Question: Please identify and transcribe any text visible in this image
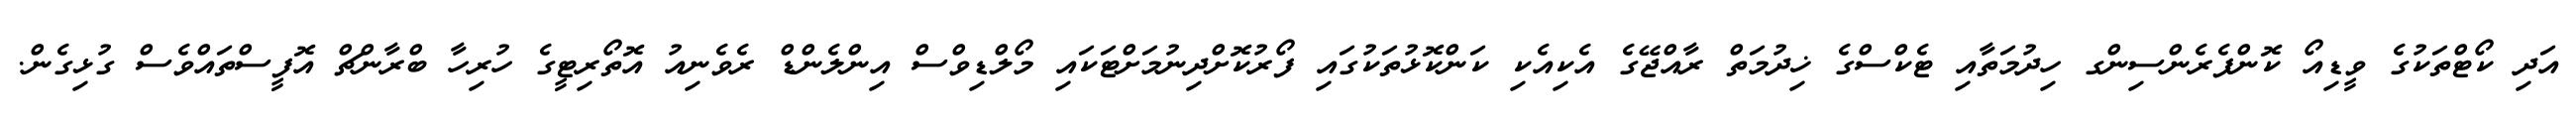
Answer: އަދި ކޯޓްތަކުގެ ވީޑިއޯ ކޮންފެރެންސިންގ ހިދުމަތާއި ޓެކްސްގެ ޚިދުމަތް ރާއްޖޭގެ އެކިއެކި ކަންކޮޅުތަކުގައި ފޯރުކޮށްދިނުމަށްޓަކައި މޯލްޑިވްސް އިންލެންޑް ރެވެނިއު އޮތޯރިޓީގެ ހުރިހާ ބްރާންޗް އޮފީސްތައްވެސް ގުޅިގެން.